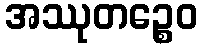
အဿုတဉ္စေဝ